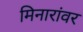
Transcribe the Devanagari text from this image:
मिनारांवर